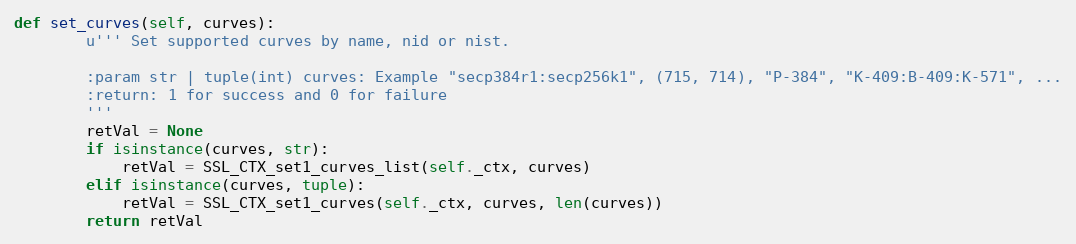
Language: Python
def set_curves(self, curves):
        u''' Set supported curves by name, nid or nist.

        :param str | tuple(int) curves: Example "secp384r1:secp256k1", (715, 714), "P-384", "K-409:B-409:K-571", ...
        :return: 1 for success and 0 for failure
        '''
        retVal = None
        if isinstance(curves, str):
            retVal = SSL_CTX_set1_curves_list(self._ctx, curves)
        elif isinstance(curves, tuple):
            retVal = SSL_CTX_set1_curves(self._ctx, curves, len(curves))
        return retVal